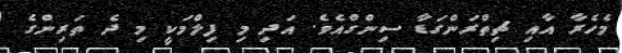
މެހެރާ އާއި ޗިތްރަންގަޑާ ސިންގްއެވެ. އަދި މި ފިލްމަކީ މި ދެ ތަރިންގެ